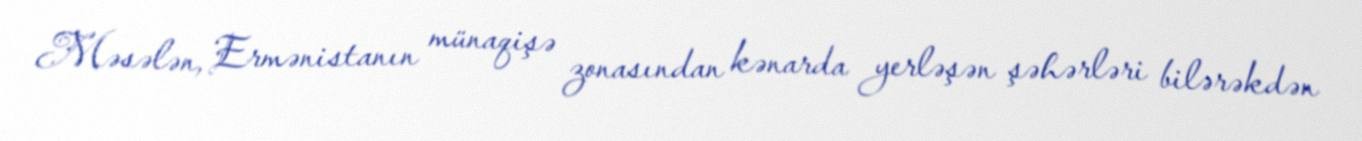
Məsələn, Ermənistanın münaqişə zonasından kənarda yerləşən şəhərləri bilərəkdən